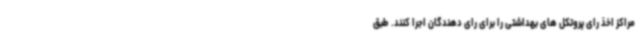
مراکز اخذ رای پروتکل های بهداشتی را برای رای دهندگان اجرا کنند. طبق